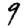
Digit: 9